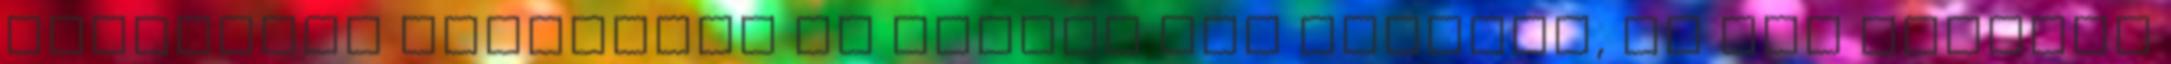
boldogság kémiailag is belénk van kódolva, ha nem tesszük